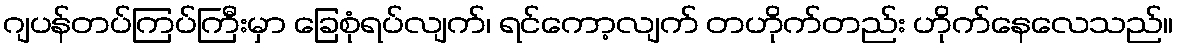
ဂျပန်တပ်ကြပ်ကြီးမှာ ခြေစုံရပ်လျက်၊ ရင်ကော့လျက် တဟိုက်တည်း ဟိုက်နေလေသည်။